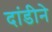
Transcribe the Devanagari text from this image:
दांडीने